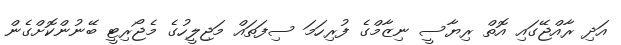
އަދި ރާއްޖޭގައި އޮތް ރިޔާސީ ނިޒާމްގެ ފުރިހަމަ ސިފަތައް މަޖިލީހުގެ މެޖޯރިޓީ ބޭނުންކޮށްގެން